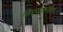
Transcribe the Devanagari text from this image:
चित्रपटसंगीत